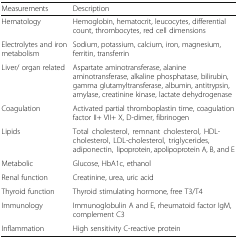
| Measurements | Description |
 | --- | --- |
 | Hematology | Hemoglobin, hematocrit, leucocytes, differential count, thrombocytes, red cell dimensions |
 | Electrolytes and iron metabolism | Sodium, potassium, calcium, iron, magnesium, ferritin, transferrin |
 | Liver/ organ related | Aspartate aminotransferase, alanine aminotransferase, alkaline phosphatase, bilirubin, gamma glutamyltransferase, albumin, antitrypsin, amylase, creatinine kinase, lactate dehydrogenase |
 | Coagulation | Activated partial thromboplastin time, coagulation factor II+ VII+ X, D-dimer, fibrinogen |
 | Lipids | Total cholesterol, remnant cholesterol, HDL-cholesterol, LDL-cholesterol, triglycerides, adiponectin, lipoprotein, apolipoprotein A, B, and E |
 | Metabolic | Glucose, HbA1c, ethanol |
 | Renal function | Creatinine, urea, uric acid |
 | Thyroid function | Thyroid stimulating hormone, free T3/T4 |
 | Immunology | Immunoglobulin A and E, rheumatoid factor IgM, complement C3 |
 | Inflammation | High sensitivity C-reactive protein |